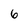
Character: 6